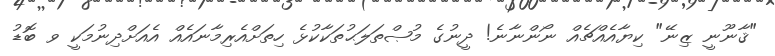
"ޤާނޫނީ ޒިނޭ" ކިޔާއެއްޗެއް ނޯންނާނެ! ދީނުގެ މުޞްތަލަޙުތަކާކުޅެ ހިތަށްއެރިމާނައެއް އެއަށްދިނުމަކީ ވ ބޮޑު